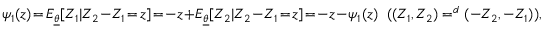
\begin{array} { r } { \psi _ { 1 } ( z ) \! = \! E _ { \underline { { \theta } } } [ Z _ { 1 } | Z _ { 2 } \! - \! Z _ { 1 } \! = \! z ] \! = \! - z \! + \! E _ { \underline { { \theta } } } [ Z _ { 2 } | Z _ { 2 } \! - \! Z _ { 1 } \! = \! z ] \! = \! - z \! - \! \psi _ { 1 } ( z ) \; \; ( ( Z _ { 1 } , Z _ { 2 } ) = ^ { d } ( - Z _ { 2 } , - Z _ { 1 } ) ) , } \end{array}